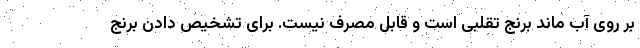
بر روی آب ماند برنج تقلبی است و قابل‌ مصرف نیست. برای تشخیص دادن برنج